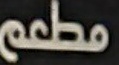
مطعم